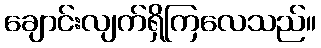
ချောင်းလျက်ရှိကြလေသည်။